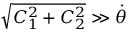
\sqrt { C _ { 1 } ^ { 2 } + C _ { 2 } ^ { 2 } } \gg \dot { \theta }